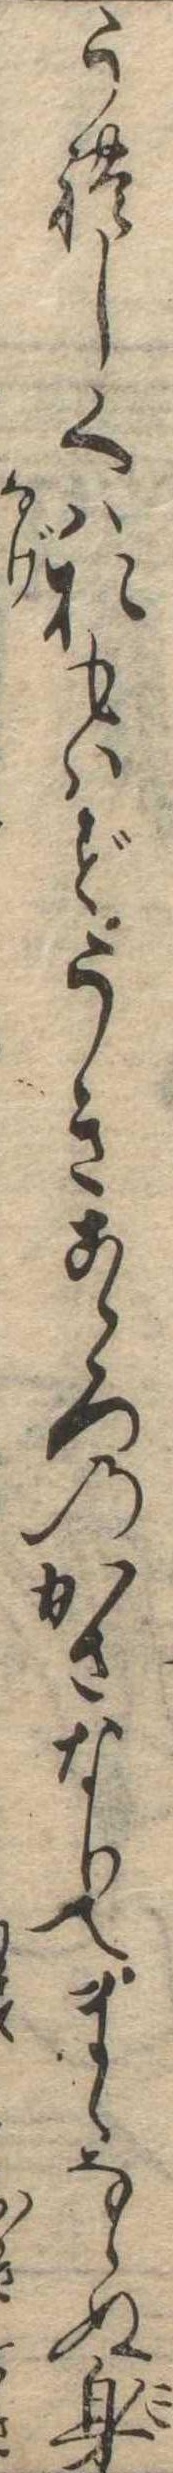
うれしくはおもはずうきこゝろのかさなりてまゝならぬ身